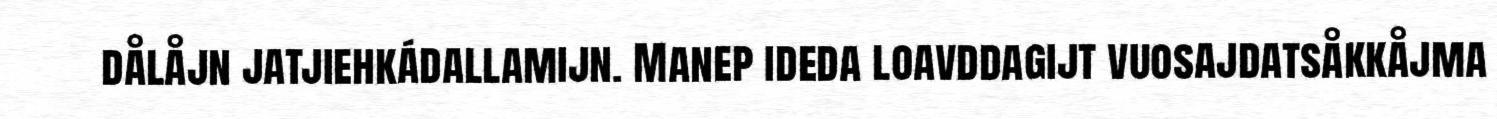
dålåjn jatjiehkádallamijn. Manep ideda loavddagijt vuosajdatsåkkåjma